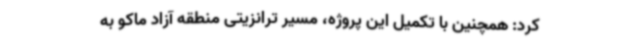
کرد: همچنین با تکمیل این پروژه، مسیر ترانزیتی منطقه آزاد ماکو به